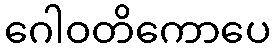
ဂေါဝတိကောပေ